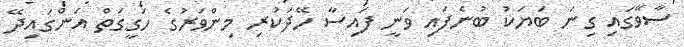
ސާވޭގައި ގިނަ ބަޔަކު ބުނެފައި ވަނީ ފައިސާ ހޭދަކުރި މިންވަރުގެ ހަގީގަތް އަންގައިދޭ